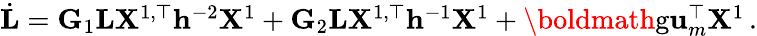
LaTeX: \begin{array}{r}{\dot{\mathbf{L}}=\mathbf{G}_{1}\mathbf{L}\mathbf{X}^{1,\top}\mathbf{h}^{-2}\mathbf{X}^{1}+\mathbf{G}_{2}\mathbf{L}\mathbf{X}^{1,\top}\mathbf{h}^{-1}\mathbf{X}^{1}+\textrm{\boldmath{g}}\mathbf{u}_{m}^{\top}\mathbf{X}^{1}\, .}\end{array}